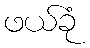
ဖယ်ခုံ